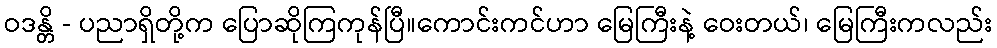
ဝဒန္တိ - ပညာရှိတို့က ပြောဆိုကြကုန်ပြီ။ကောင်းကင်ဟာ မြေကြီးနဲ့ ဝေးတယ်၊ မြေကြီးကလည်း